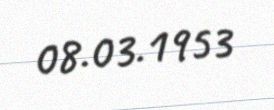
08.03.1953